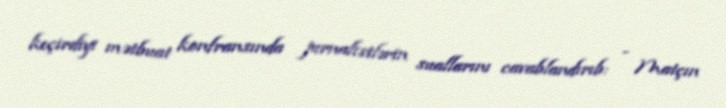
keçirdiyi mətbuat konfransında jurnalistlərin suallarını cavablandırıb: - Matçın